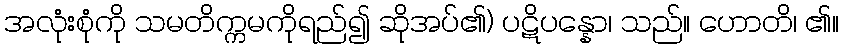
အလုံးစုံကို သမတိက္ကမကိုရည်၍ ဆိုအပ်၏) ပဋိပန္နော၊ သည်။ ဟောတိ၊ ၏။